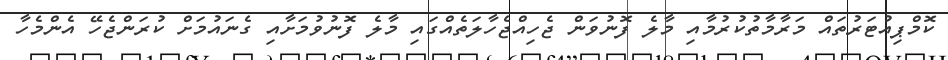
ކޮމްޕިއުޓަރުތައް މަރާމާތުކުރުމާއި މާލެ ފޮނުވަން ޖެހިއްޖެހާލަތެއްގައި މާލެ ފޮނުވުމަށާއި ގެނައުމަށް ކުރަންޖެހޭ އެންމެހާ